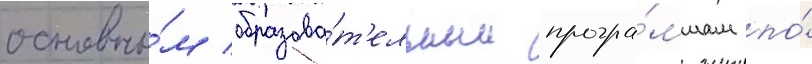
основны́м образова́т'ельным програ́ммам по́